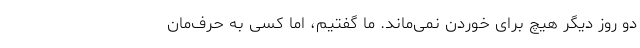
دو روز دیگر هیچ برای خوردن نمی‌ماند. ما گفتیم، اما کسی به حرف‌مان